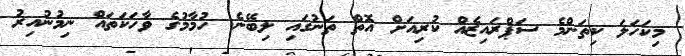
މިކަހަލަ ކިތަންމެ ސަޕްރައިޒެއް ކުރިއަށް އޮތް ތަނުގައި ލިބޭނެ. ހުމާމުގެ ވާހަކަތައް ނިމުނުއިރު